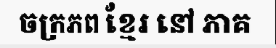
ចក្រភព ខ្មែរ នៅ ភាគ